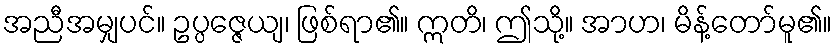
အညီအမျှပင်။ ဥပ္ပဇ္ဇေယျ၊ ဖြစ်ရာ၏။ ဣတိ၊ ဤသို့။ အာဟ၊ မိန့်တော်မူ၏။